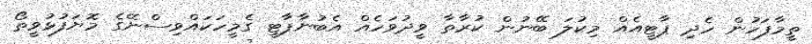
ތީމާފަހުން ހެދި ޕާޓީއެއް މިކުލަ ބޭނުން ކުރާތާ ވީދުވަހެއް އެބުނާޕާޓީ ގެމީހަކައްވިސްނޭގެ މޮޔަފުޅުވީތޯ